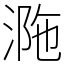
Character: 𣵺